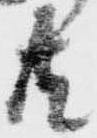
共